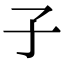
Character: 子